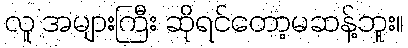
လူ အများကြီး ဆိုရင်တော့မဆန့်ဘူး။